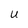
Character: U